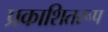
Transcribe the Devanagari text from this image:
प्रकाशितरूप